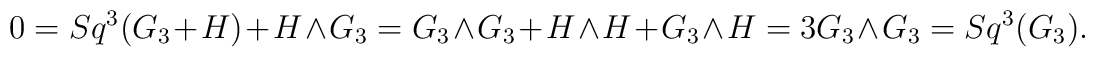
0=Sq^3 (G_3+H)+H\wedge G_3=G_3\wedge G_3+H\wedge H+G_3\wedge H=3G_3\wedge G_3=Sq^3(G_3).